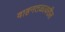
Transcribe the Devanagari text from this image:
वाहनतळावरील